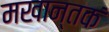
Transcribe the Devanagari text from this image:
मखान्तकं